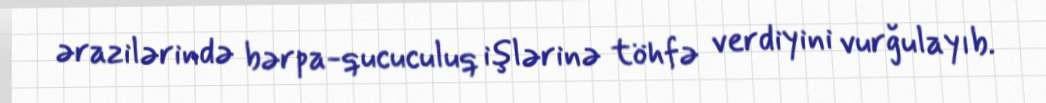
ərazilərində bərpa-qucuculuq işlərinə töhfə verdiyini vurğulayıb.